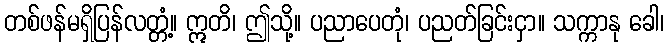
တစ်ဖန်မရှိပြန်လတ္တံ့။ ဣတိ၊ ဤသို့။ ပညာပေတုံ၊ ပညတ်ခြင်းငှာ။ သက္ကာနု ခေါ၊